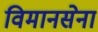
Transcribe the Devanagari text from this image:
विमानसेना